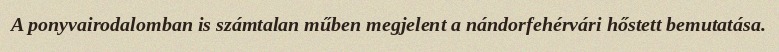
A ponyvairodalomban is számtalan műben megjelent a nándorfehérvári hőstett bemutatása.